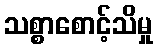
သစ္စာစောင့်သိမှု